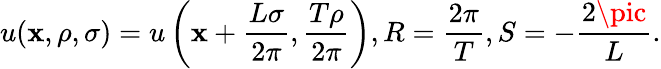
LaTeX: u(\mathbf{x},\rho,\sigma)=u\left(\mathbf{x}+\frac{{L\sigma}}{{2\pi}},\frac{{T\rho}}{{2\pi}}\right),R=\frac{{2\pi}}{{T}},S=-\frac{{2\pic}}{{L}}.